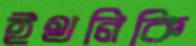
ইথনিকি